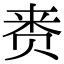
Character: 赉